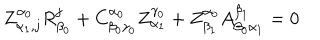
LaTeX: Z _ { \alpha _ { 1 } , j } ^ { \alpha _ { 0 } } R _ { \beta _ { 0 } } ^ { j } + C _ { \beta _ { 0 } \gamma _ { 0 } } ^ { \alpha _ { 0 } } Z _ { \alpha _ { 1 } } ^ { \gamma _ { 0 } } + Z _ { \beta _ { 1 } } ^ { \alpha _ { 0 } } A _ { \beta _ { 0 } \alpha _ { 1 } } ^ { \beta _ { 1 } } = 0